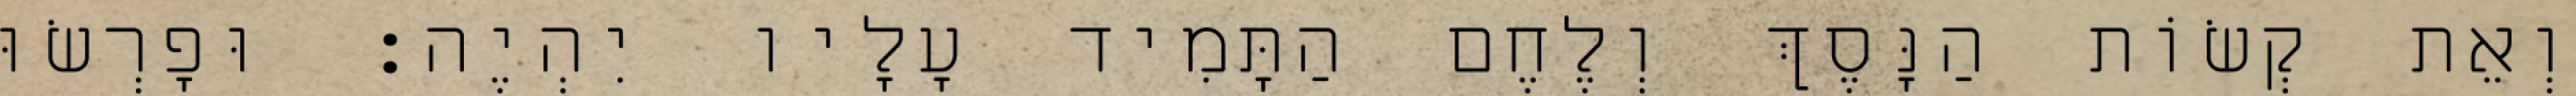
וְאֵת קְשׂוֹת הַנָּסֶךְ וְלֶחֶם הַתָּמִיד עָלָיו יִהְיֶה׃ וּפָרְשׂוּ